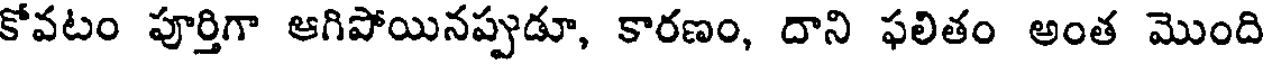
కోవటం పూర్తిగా ఆగిపోయినప్పుడూ, కారణం, దాని ఫలితం అంత మొంది